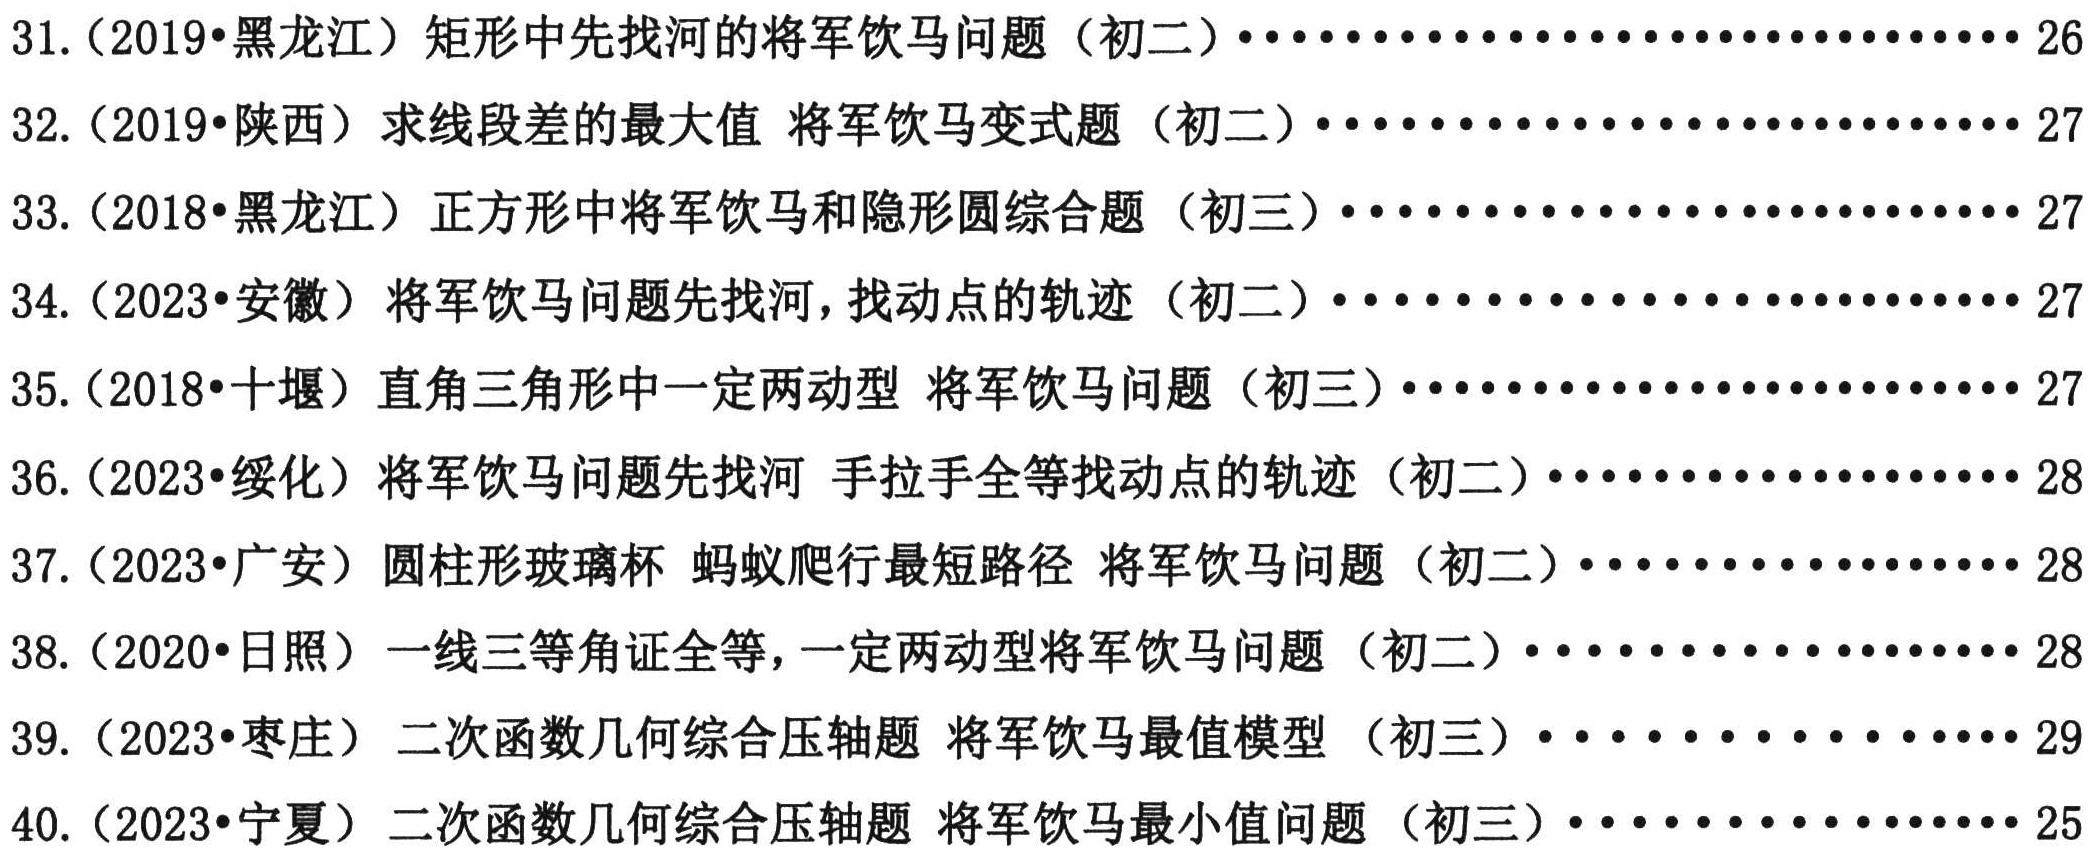
31.（2019•黑龙江）矩形中先找河的将军饮马问题（初二）...........................26
32.（2019•陕西）求线段差的最大值 将军饮马变式题（初二）...........................27
33.（2018•黑龙江）正方形中将军饮马和隐形圆综合题（初三）...........................27
34.（2023•安徽）将军饮马问题先找河，找动点的轨迹（初二）...........................27
35.（2018•十堰）直角三角形中一定两动型 将军饮马问题（初三）...........................27
36.（2023•绥化）将军饮马问题先找河 手拉手全等找动点的轨迹（初二）......................28
37.（2023•广安）圆柱形玻璃杯 蚂蚁爬行最短路径 将军饮马问题（初二）......................28
38.（2020•日照）一线三等角证全等，一定两动型将军饮马问题（初二）......................28
39.（2023•枣庄）二次函数几何综合压轴题 将军饮马最值模型（初三）......................29
40.（2023•宁夏）二次函数几何综合压轴题 将军饮马最小值问题（初三）......................25